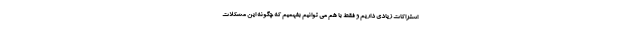
اشتراکات زیادی داریم و فقط با هم می توانیم بفهمیم که چگونه این مشکلات